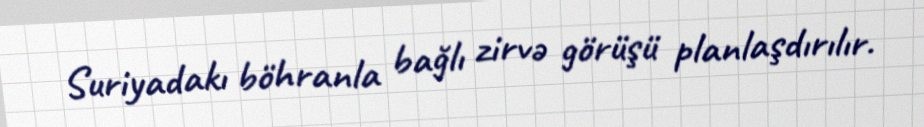
Suriyadakı böhranla bağlı zirvə görüşü planlaşdırılır.